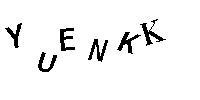
YUENKK